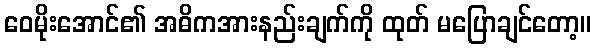
ဝေမိုးအောင်၏ အဓိကအားနည်းချက်ကို ထုတ် မပြောချင်တော့။